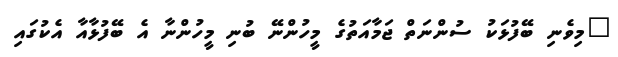
"މިވެނި ބޭފުޅަކު ސުންނަތް ޖަމާއަތުގެ މީހުންނޭ ބުނި މީހުންނާ އެ ބޭފުޅާއާ އެކުގައި